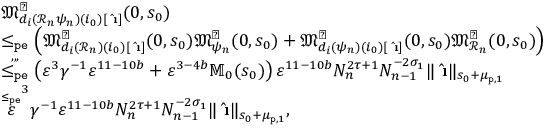
\begin{array} { r l } & { \mathfrak { M } _ { d _ { i } ( \mathcal { R } _ { n } \psi _ { n } ) ( i _ { 0 } ) [ \hat { \textbf { \i } } ] } ^ { \sharp } ( 0 , s _ { 0 } ) } \\ & { \le _ { \mathtt { p e } } \left( \mathfrak { M } _ { d _ { i } ( \mathcal { R } _ { n } ) ( i _ { 0 } ) [ \hat { \textbf { \i } } ] } ^ { \sharp } ( 0 , s _ { 0 } ) \mathfrak { M } _ { \psi _ { n } } ^ { \sharp } ( 0 , s _ { 0 } ) + \mathfrak { M } _ { d _ { i } ( \psi _ { n } ) ( i _ { 0 } ) [ \hat { \textbf { \i } } ] } ^ { \sharp } ( 0 , s _ { 0 } ) \mathfrak { M } _ { \mathcal { R } _ { n } } ^ { \sharp } ( 0 , s _ { 0 } ) \right) } \\ & { \overset { , , , } { \le _ { \mathtt { p e } } } \left( \varepsilon ^ { 3 } \gamma ^ { - 1 } \varepsilon ^ { 1 1 - 1 0 b } + \varepsilon ^ { 3 - 4 b } \mathbb { M } _ { 0 } ( s _ { 0 } ) \right) \varepsilon ^ { 1 1 - 1 0 b } N _ { n } ^ { 2 \tau + 1 } N _ { n - 1 } ^ { - 2 \sigma _ { 1 } } \rVert \hat { \textbf { \i } } \rVert _ { s _ { 0 } + \mu _ { \mathtt { p } , 1 } } } \\ & { \overset { \le _ { \mathtt { p e } } } \varepsilon ^ { 3 } \gamma ^ { - 1 } \varepsilon ^ { 1 1 - 1 0 b } N _ { n } ^ { 2 \tau + 1 } N _ { n - 1 } ^ { - 2 \sigma _ { 1 } } \rVert \hat { \textbf { \i } } \rVert _ { s _ { 0 } + \mu _ { \mathtt { p } , 1 } } , } \end{array}